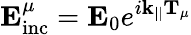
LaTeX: \mathbf{E}_{\mathrm{inc}}^{\mu}=\mathbf{E}_{0}e^{i\mathbf{k}_{||}\mathbf{T}_{\mu}}